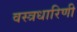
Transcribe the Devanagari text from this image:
वस्त्रधारिणी